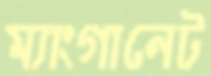
ম্যাংগানেট